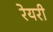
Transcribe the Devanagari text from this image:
रेयरी